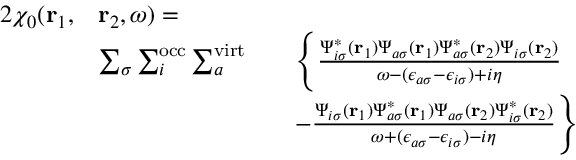
\begin{array} { r l r l } { { 2 } \chi _ { 0 } ( \mathbf { r } _ { 1 } , } & { \mathbf { r } _ { 2 } , \omega ) = } \\ & { \sum _ { \sigma } \sum _ { i } ^ { \mathrm { o c c } } \sum _ { a } ^ { \mathrm { v i r t } } } & & { \Biggl \{ \frac { \Psi _ { i \sigma } ^ { * } ( \mathbf { r } _ { 1 } ) \Psi _ { a \sigma } ( \mathbf { r } _ { 1 } ) \Psi _ { a \sigma } ^ { * } ( \mathbf { r } _ { 2 } ) \Psi _ { i \sigma } ( \mathbf { r } _ { 2 } ) } { \omega - ( \epsilon _ { a \sigma } - \epsilon _ { i \sigma } ) + i \eta } } \\ & { } & & { - \frac { \Psi _ { i \sigma } ( \mathbf { r } _ { 1 } ) \Psi _ { a \sigma } ^ { * } ( \mathbf { r } _ { 1 } ) \Psi _ { a \sigma } ( \mathbf { r } _ { 2 } ) \Psi _ { i \sigma } ^ { * } ( \mathbf { r } _ { 2 } ) } { \omega + ( \epsilon _ { a \sigma } - \epsilon _ { i \sigma } ) - i \eta } \Biggr \} } \end{array}